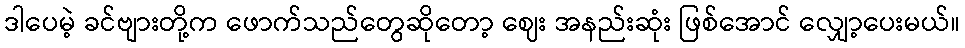
ဒါပေမဲ့ ခင်ဗျားတို့က ဖောက်သည်တွေဆိုတော့ ဈေး အနည်းဆုံး ဖြစ်အောင် လျှော့ပေးမယ်။